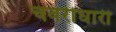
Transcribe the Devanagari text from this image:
चवरीधारी